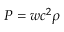
P = w c ^ { 2 } \rho